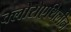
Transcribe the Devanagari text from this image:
क्लोरोएथिलीन